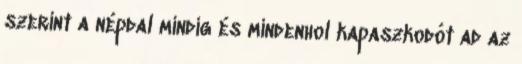
szerint a népdal mindig és mindenhol kapaszkodót ad az